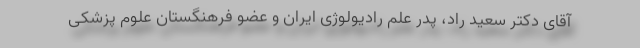
آقای دکتر سعید راد، پدر علم رادیولوژی ایران و عضو فرهنگستان علوم پزشکی